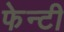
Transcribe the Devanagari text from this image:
फेन्टी